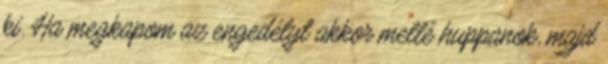
ki. Ha megkapom az engedélyt akkor mellé huppanok, majd